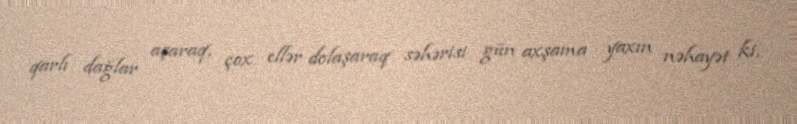
qarlı dağlar aşaraq, çox ellər dolaşaraq səhərisi gün axşama yaxın nəhayət ki,